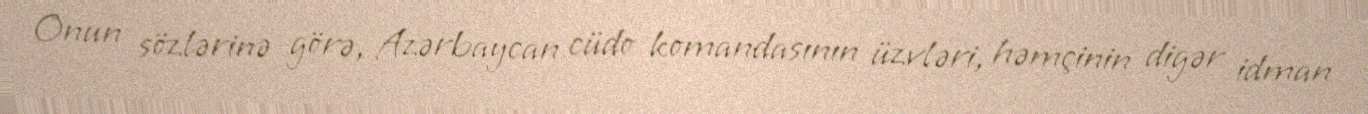
Onun sözlərinə görə, Azərbaycan cüdo komandasının üzvləri, həmçinin digər idman